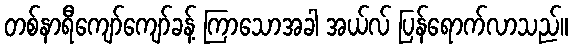
တစ်နာရီကျော်ကျော်ခန့် ကြာသောအခါ အယ်လ် ပြန်ရောက်လာသည်။